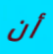
أن